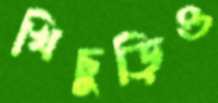
খিচুড়িও